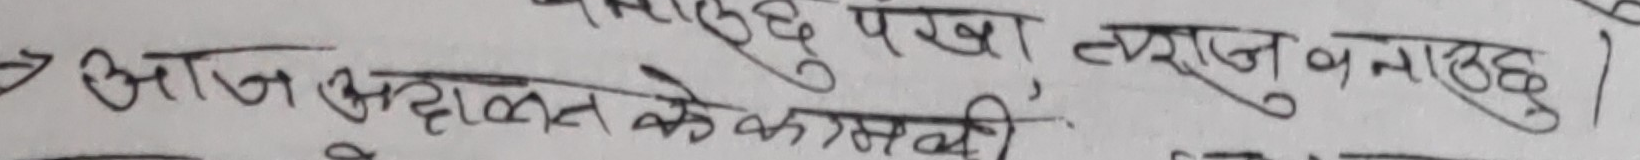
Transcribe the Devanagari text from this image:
आज अदालत के कास्की,